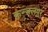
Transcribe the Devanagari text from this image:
कुन्जलपुर